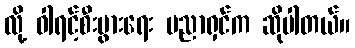
လို့ ဝါရင့်စီးပွားရေး ပညာရှင်က ဆိုပါတယ်။